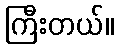
ကြီးတယ်။